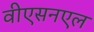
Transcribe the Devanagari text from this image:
वीएसनएल